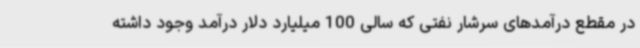
در مقطع درآمدهای سرشار نفتی که سالی 100 میلیارد دلار درآمد وجود داشته